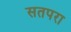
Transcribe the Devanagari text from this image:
सतपरा